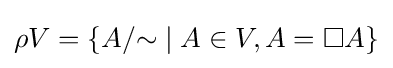
\rho V=\{A/{\sim }\mid A\in V,A=\Box A\}